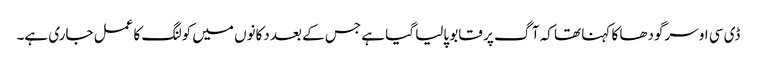
ڈی سی او سرگودھا کا کہنا تھا کہ آگ پر قابو پالیا گیا ہے جس کے بعد دکانوں میں کولنگ کا عمل جاری ہے۔